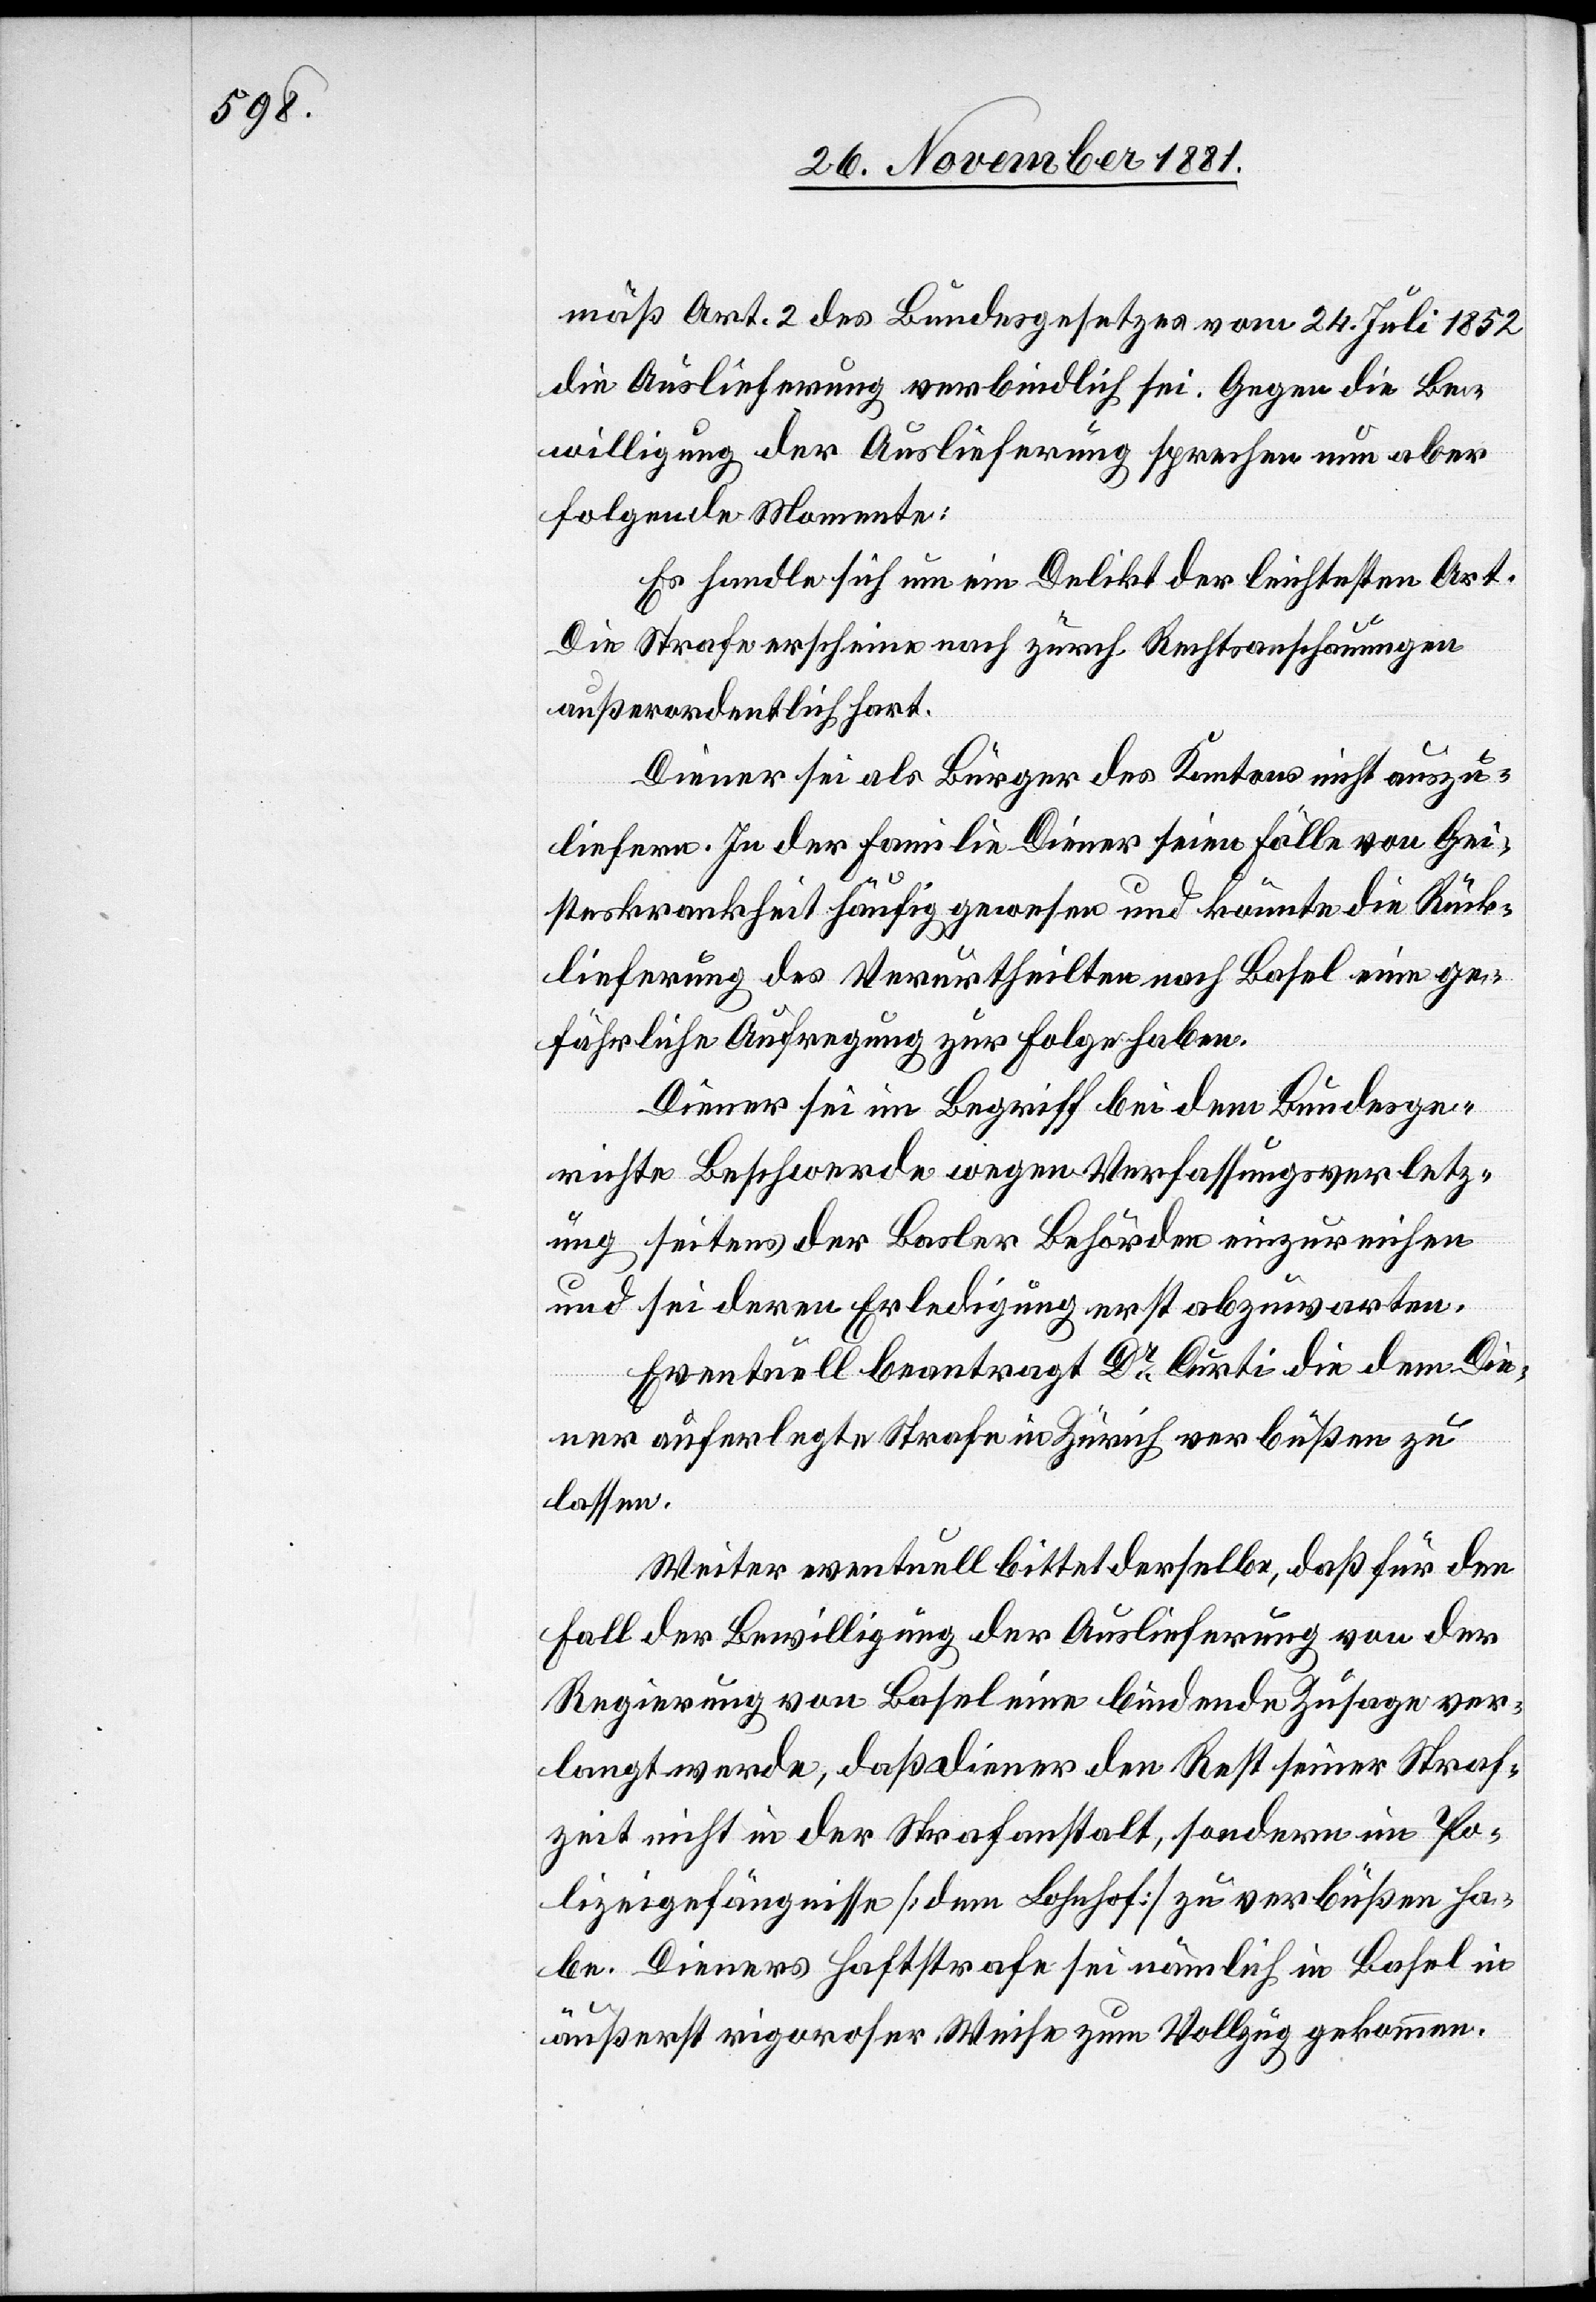
mäß Art. 2 des Bundesgesetzes vom 24. Juli 1852
die Auslieferung verbindlich sei. Gegen die Be¬
willigung der Auslieferung sprechen nun aber
folgende Momente:
Es handle sich um ein Delikt der leichtesten Art.
Die Strafe erscheine nach zürch. Rechtsanschauungen
außerordentlich hart.
Diener sei als Bürger des Kantons nicht auszu¬
liefern. In der Familie Diener seien Fälle von Gei¬
steskrankheit häufig gewesen und könnte die Rück¬
lieferung des Verurtheilten nach Basel eine ge¬
fährliche Aufregung zur Folge haben.
Diener sei im Begriff bei dem Bundesge¬
richte Beschwerde wegen Verfassungsverletz¬
ung seitens der Basler Behörden einzureichen
und sei deren Erledigung erst abzuwarten.
Eventuell beantragt Dr Curti die dem Die¬
ner auferlegte Strafe in Zürich verbüßen zu
lassen.
Weiter eventuell bittet derselbe, daß für den
Fall der Bewilligung der Auslieferung von der
Regierung von Basel eine bindende Zusage ver¬
langt werde, daß Diener den Rest seiner Straf¬
zeit nicht in der Strafanstalt, sondern im Po¬
lizeigefängnisse [dem Lohnhof] zu verbüßen ha¬
be. Dieners Haftstrafe sei nämlich in Basel in
äußerst rigoroser Weiser zum Vollzug gekommen.